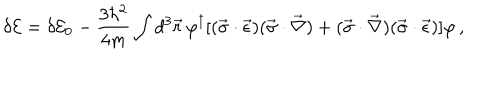
\delta { \cal E } = \delta { \cal E } _ { 0 } - \frac { 3 \hbar ^ { 2 } } { 4 m } \int d ^ { 3 } \vec { r } \, \varphi ^ { \dagger } [ ( \vec { \sigma } \cdot \vec { \epsilon } ) ( \vec { \sigma } \cdot \vec { \nabla } ) + ( \vec { \sigma } \cdot \vec { \nabla } ) ( \vec { \sigma } \cdot \vec { \epsilon } ) ] \varphi \, { , }